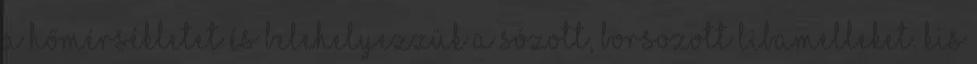
a hőmérsékletet és belehelyezzük a sózott, borsozott libamelleket. Kis